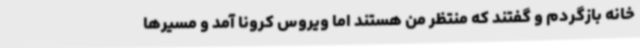
خانه بازگردم و گفتند که منتظر من هستند اما ویروس کرونا آمد و مسیرها